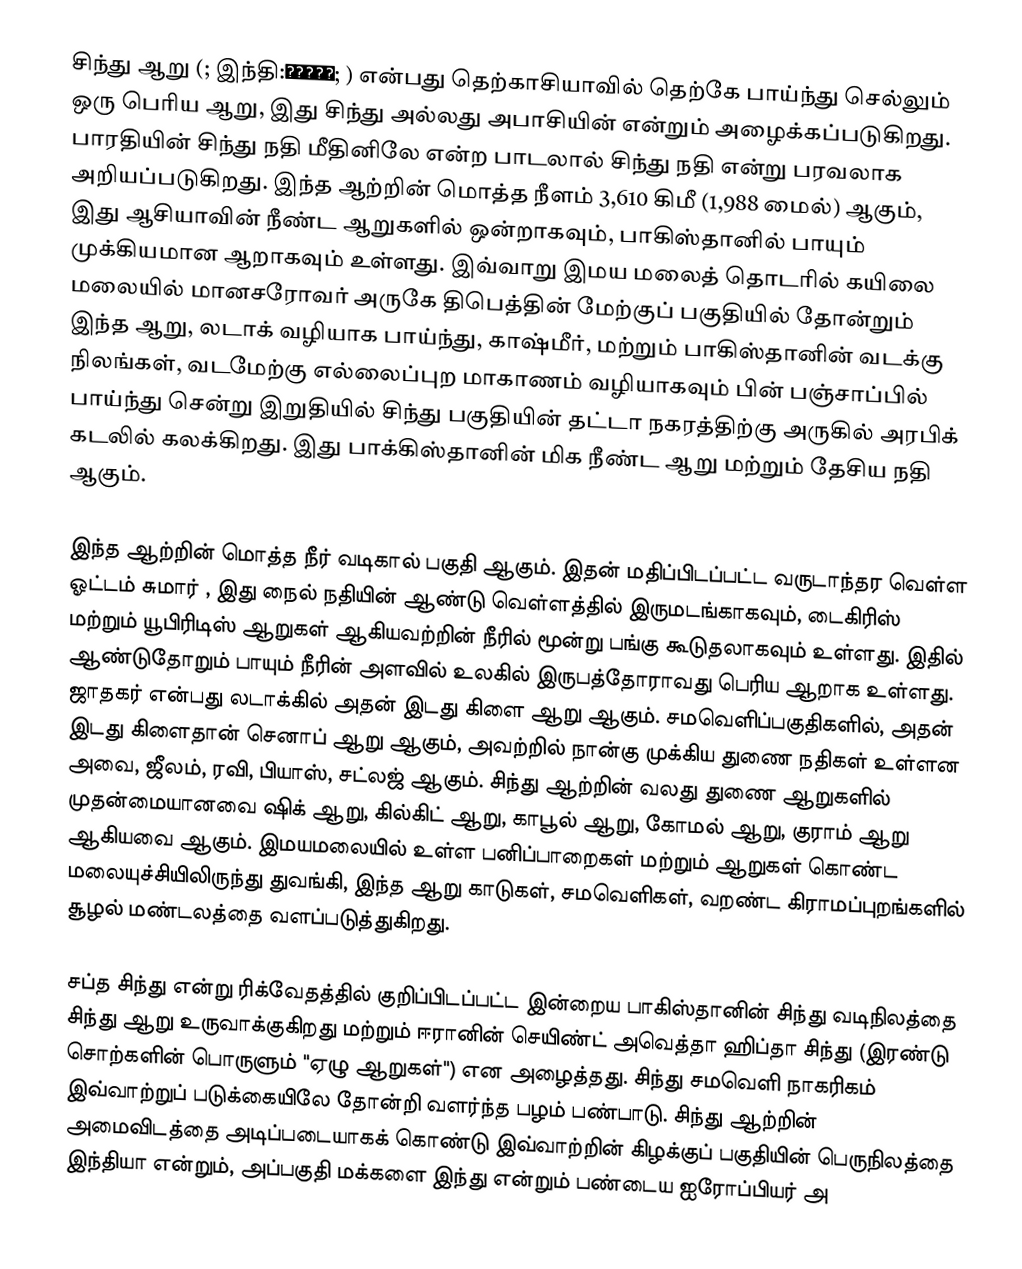
சிந்து ஆறு (; இந்தி:सिंधु; ) என்பது தெற்காசியாவில் தெற்கே பாய்ந்து செல்லும் ஒரு பெரிய ஆறு, இது சிந்து அல்லது அபாசியின் என்றும் அழைக்கப்படுகிறது. பாரதியின் சிந்து நதி மீதினிலே என்ற பாடலால் சிந்து நதி என்று பரவலாக அறியப்படுகிறது. இந்த ஆற்றின் மொத்த நீளம் 3,610 கிமீ (1,988 மைல்) ஆகும், இது ஆசியாவின் நீண்ட ஆறுகளில் ஒன்றாகவும், பாகிஸ்தானில் பாயும் முக்கியமான ஆறாகவும் உள்ளது. இவ்வாறு இமய மலைத் தொடரில் கயிலை மலையில் மானசரோவர் அருகே திபெத்தின் மேற்குப் பகுதியில் தோன்றும் இந்த ஆறு, லடாக் வழியாக பாய்ந்து, காஷ்மீர், மற்றும் பாகிஸ்தானின் வடக்கு நிலங்கள், வடமேற்கு எல்லைப்புற மாகாணம் வழியாகவும் பின் பஞ்சாப்பில் பாய்ந்து சென்று இறுதியில் சிந்து பகுதியின் தட்டா நகரத்திற்கு அருகில் அரபிக் கடலில் கலக்கிறது. இது பாக்கிஸ்தானின் மிக நீண்ட ஆறு மற்றும் தேசிய நதி ஆகும்.

இந்த ஆற்றின் மொத்த நீர் வடிகால் பகுதி  ஆகும். இதன் மதிப்பிடப்பட்ட வருடாந்தர வெள்ள ஓட்டம் சுமார் , இது நைல் நதியின் ஆண்டு வெள்ளத்தில் இருமடங்காகவும், டைகிரிஸ் மற்றும் யூபிரிடிஸ் ஆறுகள் ஆகியவற்றின் நீரில் மூன்று பங்கு கூடுதலாகவும் உள்ளது. இதில் ஆண்டுதோறும் பாயும் நீரின் அளவில் உலகில் இருபத்தோராவது பெரிய ஆறாக  உள்ளது. ஜாதகர் என்பது லடாக்கில் அதன் இடது கிளை ஆறு ஆகும். சமவெளிப்பகுதிகளில், அதன் இடது கிளைதான் செனாப் ஆறு ஆகும்,  அவற்றில் நான்கு முக்கிய துணை நதிகள் உள்ளன அவை, ஜீலம், ரவி, பியாஸ், சட்லஜ் ஆகும். சிந்து ஆற்றின் வலது துணை ஆறுகளில் முதன்மையானவை ஷிக் ஆறு, கில்கிட் ஆறு, காபூல் ஆறு, கோமல் ஆறு, குராம் ஆறு ஆகியவை ஆகும். இமயமலையில் உள்ள பனிப்பாறைகள் மற்றும் ஆறுகள் கொண்ட மலையுச்சியிலிருந்து துவங்கி, இந்த ஆறு காடுகள், சமவெளிகள், வறண்ட கிராமப்புறங்களில் சூழல் மண்டலத்தை வளப்படுத்துகிறது.

சப்த சிந்து என்று ரிக்வேதத்தில் குறிப்பிடப்பட்ட இன்றைய பாகிஸ்தானின் சிந்து வடிநிலத்தை சிந்து ஆறு உருவாக்குகிறது மற்றும் ஈரானின் செயிண்ட் அவெத்தா ஹிப்தா சிந்து   (இரண்டு சொற்களின் பொருளும் "ஏழு ஆறுகள்") என அழைத்தது.   சிந்து சமவெளி நாகரிகம் இவ்வாற்றுப் படுக்கையிலே தோன்றி வளர்ந்த பழம் பண்பாடு. சிந்து ஆற்றின் அமைவிடத்தை அடிப்படையாகக் கொண்டு இவ்வாற்றின் கிழக்குப் பகுதியின் பெருநிலத்தை இந்தியா என்றும், அப்பகுதி மக்களை இந்து என்றும் பண்டைய ஐரோப்பியர் அ